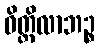
ဝိတ္တိလာဘဉ္စ